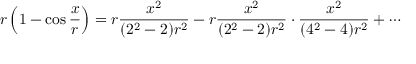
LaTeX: r \left( 1 - \cos { \frac { x } { r } } \right) = r { \frac { x ^ { 2 } } { ( 2 ^ { 2 } - 2 ) r ^ { 2 } } } - r { \frac { x ^ { 2 } } { ( 2 ^ { 2 } - 2 ) r ^ { 2 } } } \cdot { \frac { x ^ { 2 } } { ( 4 ^ { 2 } - 4 ) r ^ { 2 } } } + \cdots